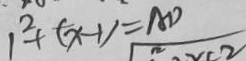
1 ^ { 2 } + ( x - 1 ) = A D